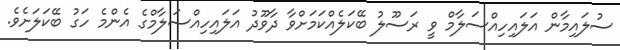
ސުލައިމާން އަލައިހިއްސަލާމް ވީ ރަސޫލު ބޭކަލެއްކަމަށްވާ ދާވޫދު އަލައިހިއްސަލާމްގެ އެންމެ ހަގު ބޭކަލަށެވެ.